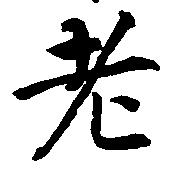
老